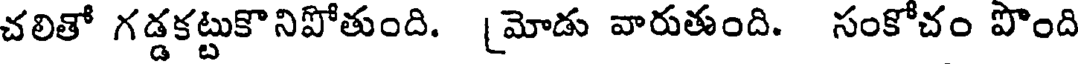
చలితో గడ్డకట్టుకొ నిపోతుంది. [మోడు వారుతుంది. సంకోచం పొంది